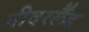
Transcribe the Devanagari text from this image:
नीदरर्लैंड